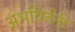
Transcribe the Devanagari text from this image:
अभविर्तनी